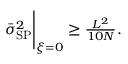
\begin{array} { r } { \bar { \sigma } _ { \mathrm { S P } } ^ { 2 } \Bigg | _ { { \boldsymbol \xi } = 0 } \geq \frac { L ^ { 2 } } { 1 0 N } . } \end{array}